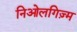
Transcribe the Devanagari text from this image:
निओलगिज़्म